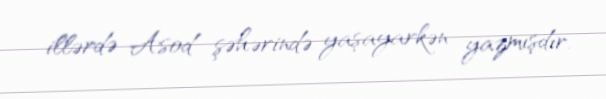
illərdə Asod şəhərində yaşayarkən yazmışdır.